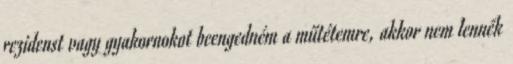
rezidenst vagy gyakornokot beengedném a műtétemre, akkor nem lennék